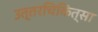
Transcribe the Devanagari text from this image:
उत्तरचिकित्सा